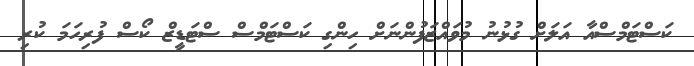
ކަސްޓަމްސްއާ އަލަށް ގުޅުނު މުވައްޒަފުންނަށް ހިންގި ކަސްޓަމްސް ސްޓަޑީޒް ކޯސް ފުރިހަމަ ކުރި